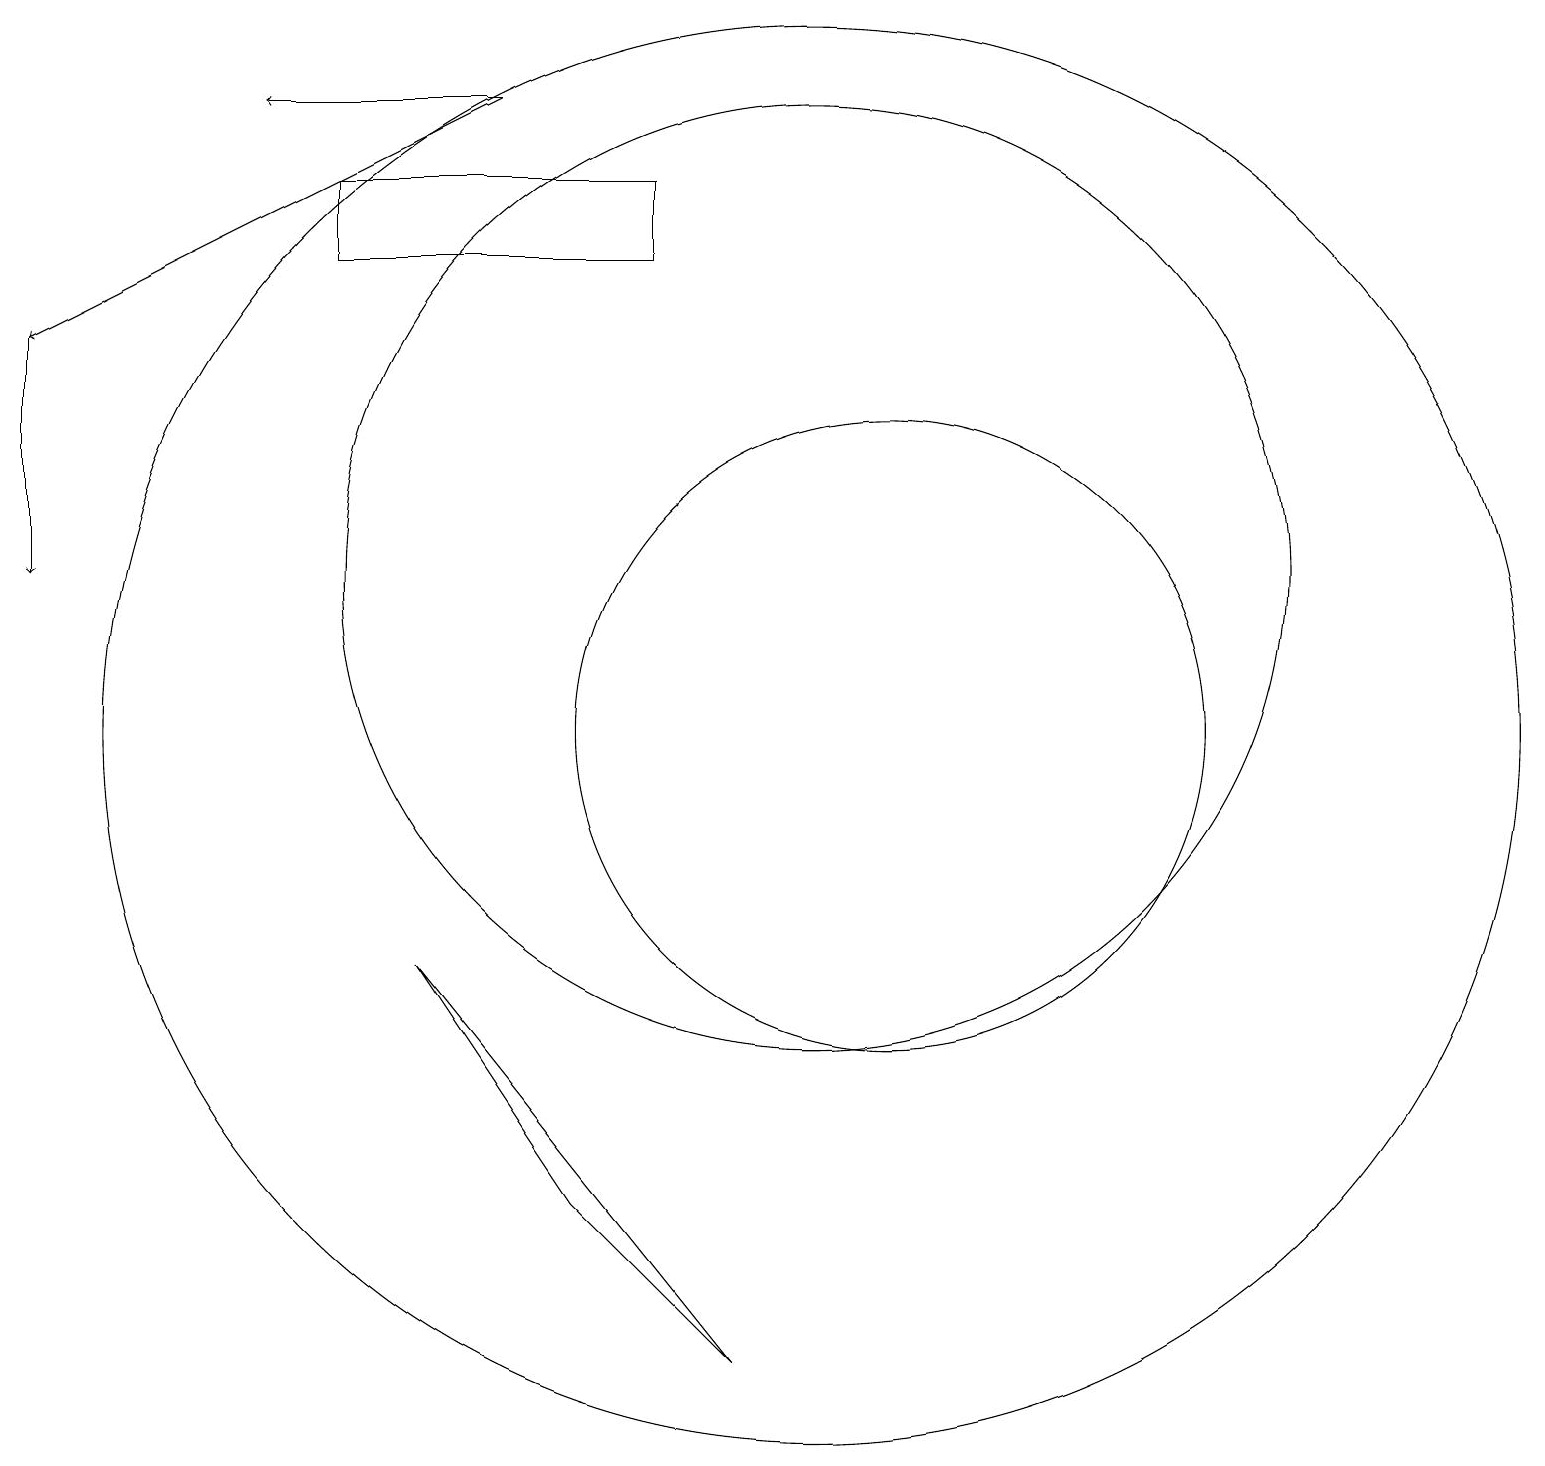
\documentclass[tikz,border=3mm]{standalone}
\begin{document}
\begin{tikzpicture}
\draw (10,10) circle (9);
\draw[->] (6,18) -- (0,15);
\draw (5,7) -- (7,4) -- (9,2) -- cycle;
\draw[->] (0,15) -- (0,12);
\draw[->] (6,18) -- (3,18);
\draw (8,17) rectangle (4,16);
\draw (11,10) circle (4);
\draw (10,12) circle (6);
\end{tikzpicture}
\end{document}